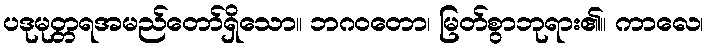
ပဒုမုတ္တရအမည်တော်ရှိသော။ ဘဂဝတော၊ မြတ်စွာဘုရား၏။ ကာလေ၊